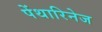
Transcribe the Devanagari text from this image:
पेंथारिनेज